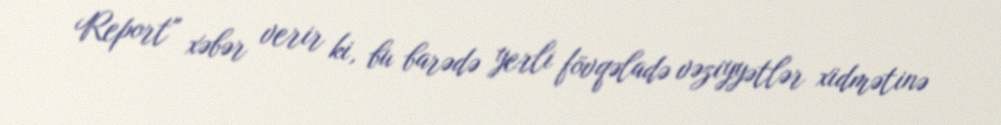
Report" xəbər verir ki, bu barədə yerli fövqəladə vəziyyətlər xidmətinə